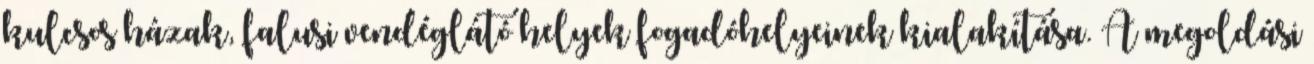
kulcsos házak, falusi vendéglátó helyek fogadóhelyeinek kialakítása. A megoldási